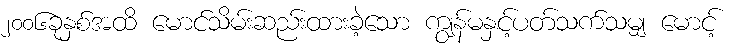
၂၀၀၆ခုနှစ်အထိ မောင်သိမ်းဆည်းထားခဲ့သော ကျွန်မနှင့်ပတ်သက်သမျှ မောင့်